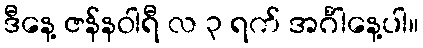
ဒီနေ့ ဇန်နဝါရီ လ ၃ ရက် အင်္ဂါနေ့ပါ။